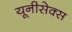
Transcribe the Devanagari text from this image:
यूनीसेक्स